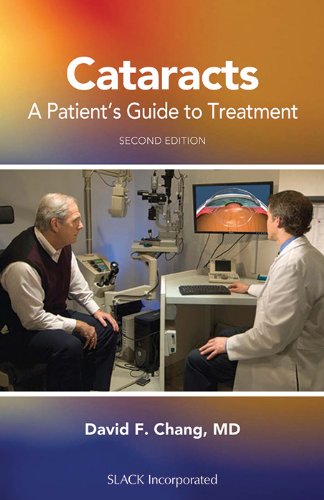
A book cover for Cataracts: A Patient's Guide to Treatment; David F. Chang MD; Health, Fitness & Dieting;